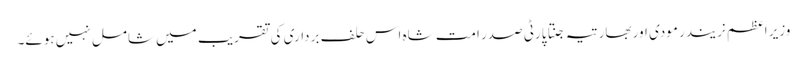
وزیر اعظم نریندر مودی اور بھارتیہ جنتا پارٹی صدر امت شاہ اس حلف برداری کی تقریب میں شامل نہیں ہوئے۔